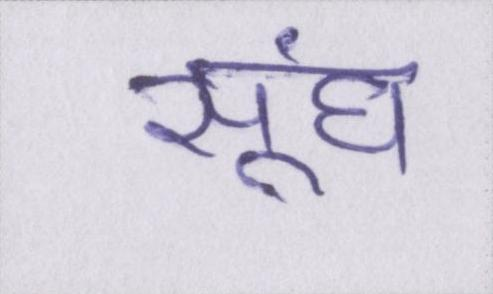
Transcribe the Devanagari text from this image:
सूंघ